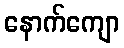
နောက်ကျော